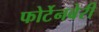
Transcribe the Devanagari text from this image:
फोर्टेनबेरी